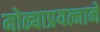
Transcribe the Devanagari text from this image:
मोठ्याप्रयत्नाने